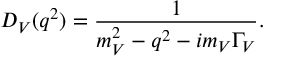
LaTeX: D _ { V } ( q ^ { 2 } ) = \frac { 1 } { m _ { V } ^ { 2 } - q ^ { 2 } - i m _ { V } \Gamma _ { V } } .